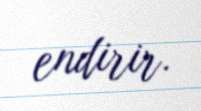
endirir.